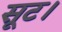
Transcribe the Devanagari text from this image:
सूट।